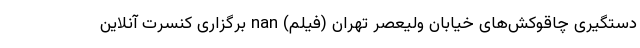
دستگیری چاقوکش‌های خیابان ولیعصر تهران (فیلم) nan برگزاری کنسرت آنلاین